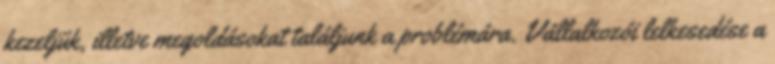
kezeljük, illetve megoldásokat találjunk a problémára. Vállalkozói lelkesedése a